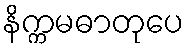
နိက္ကမဓာတုပေ